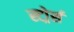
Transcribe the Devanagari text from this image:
स्टोर्र्स